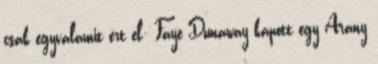
csak egyvalamit ért el: Faye Dunaway kapott egy Arany